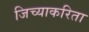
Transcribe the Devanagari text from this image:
जिच्याकरिता